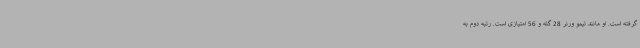
گرفته است. او مانند تیمو ورنر 28 گله و 56 امتیازی است. رتبه دوم به